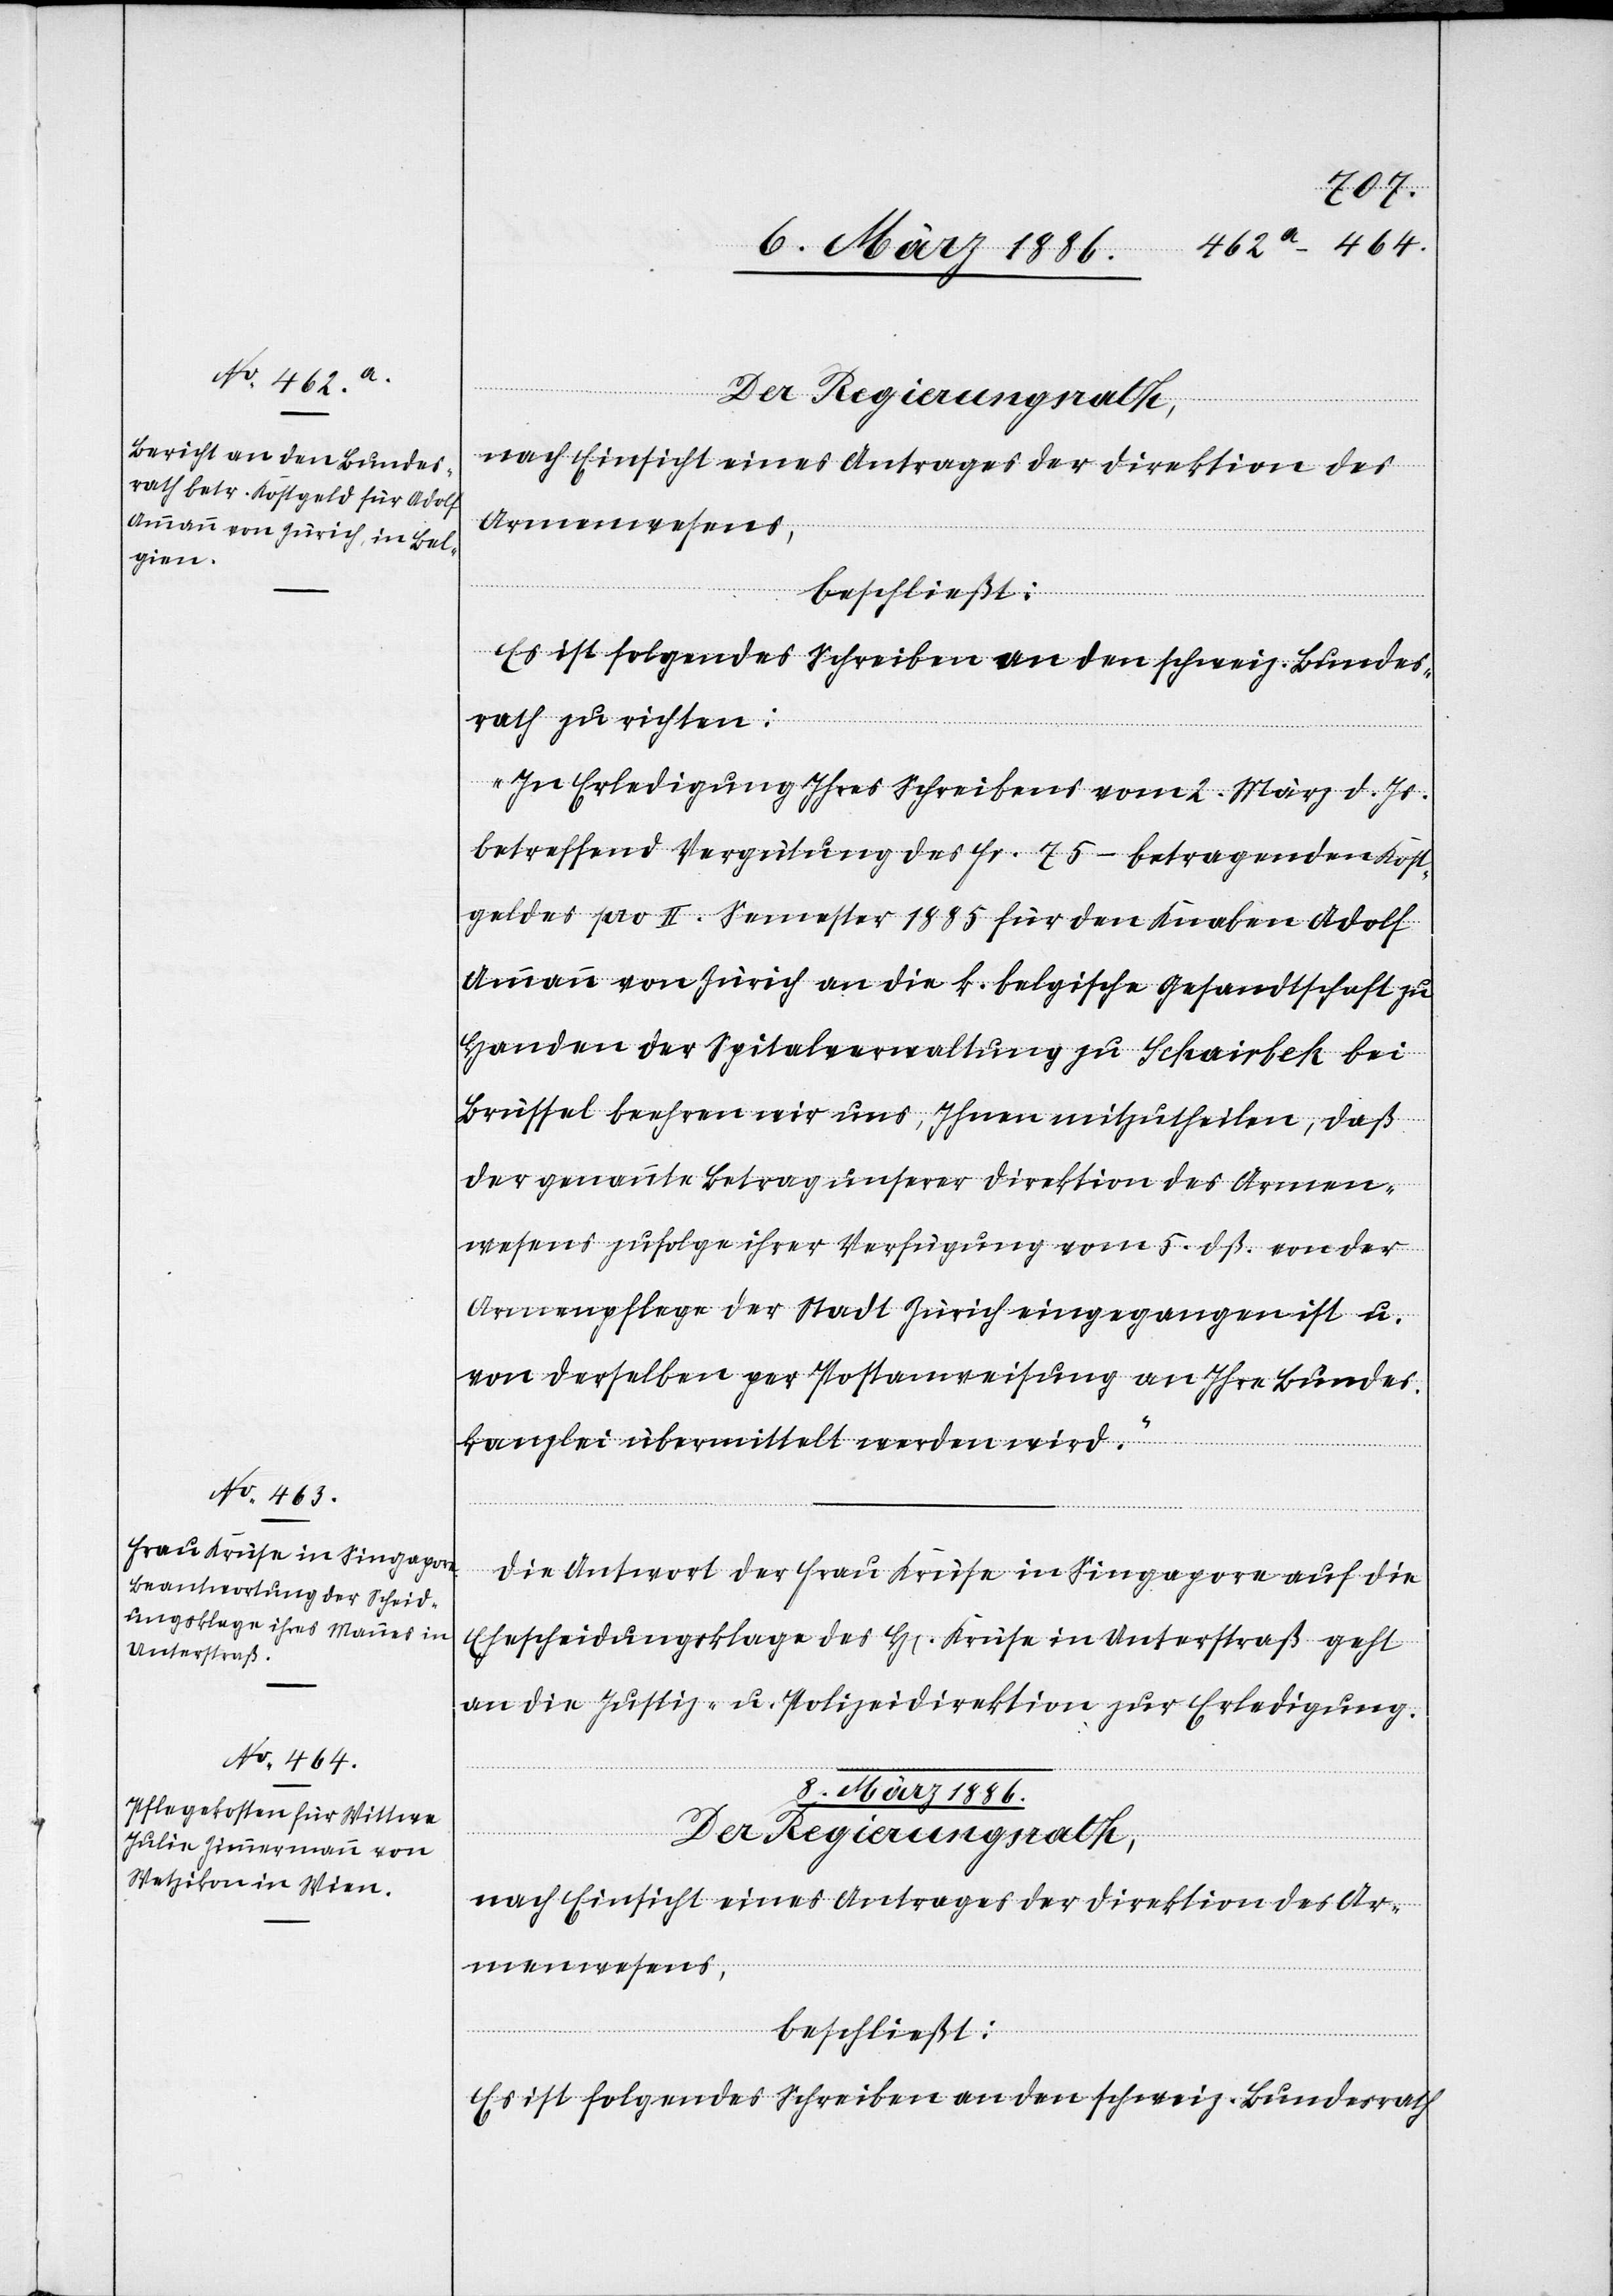
8. März 1886.
Der Regierungsrath,
nach Einsicht eines Antrages der Direktion des
Armenwesens,
l-Verfügungen.]
beschließt:
Es ist folgendes Schreiben an den schweiz. Bundes¬
rath zu richten:
„In Erledigung Ihres Schreibens vom 2. März d. Js.
betreffend Vergütung des Fr. 75.– betragenden Kost¬
geldes pro II. Semester 1885 für den Knaben Adolf
Ammann von Zürich an die k. belgische Gesandtschaft zu
Handen der Spitalverwaltung zu Schairbek bei
Brüssel beehren wir uns, Ihnen mitzutheilen, daß
der genannte Betrag unserer Direktion des Armen¬
wesens zufolge ihrer Verfügung vom 5. dß. von der
Armenpflege der Stadt Zürich eingegangen ist u.
von derselben per Postanweisung an Ihre Bundes¬
kanzlei übermittelt werden wird.“
Die Antwort der Frau Kruse in Singapore auf die
Ehescheidungsklage des H[errn] Kruse in Unterstraß geht
an die Justiz- u. Polizeidirektion zur Erledigung.
Der Regierungsrath,
nach Einsicht eines Antrages der Direktion des Ar¬
menwesens,
beschließt:
Es ist folgendes Schreiben an den schweiz. Bundesrath